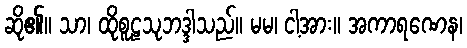
ဆို၏။ သာ၊ ထိုစူဠသုဘဒ္ဒါသည်။ မမ၊ ငါ့အား။ အကာရဏေန၊